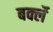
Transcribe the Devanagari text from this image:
बर्क्ले